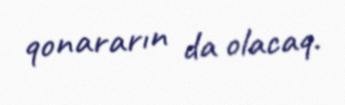
qonararın da olacaq.